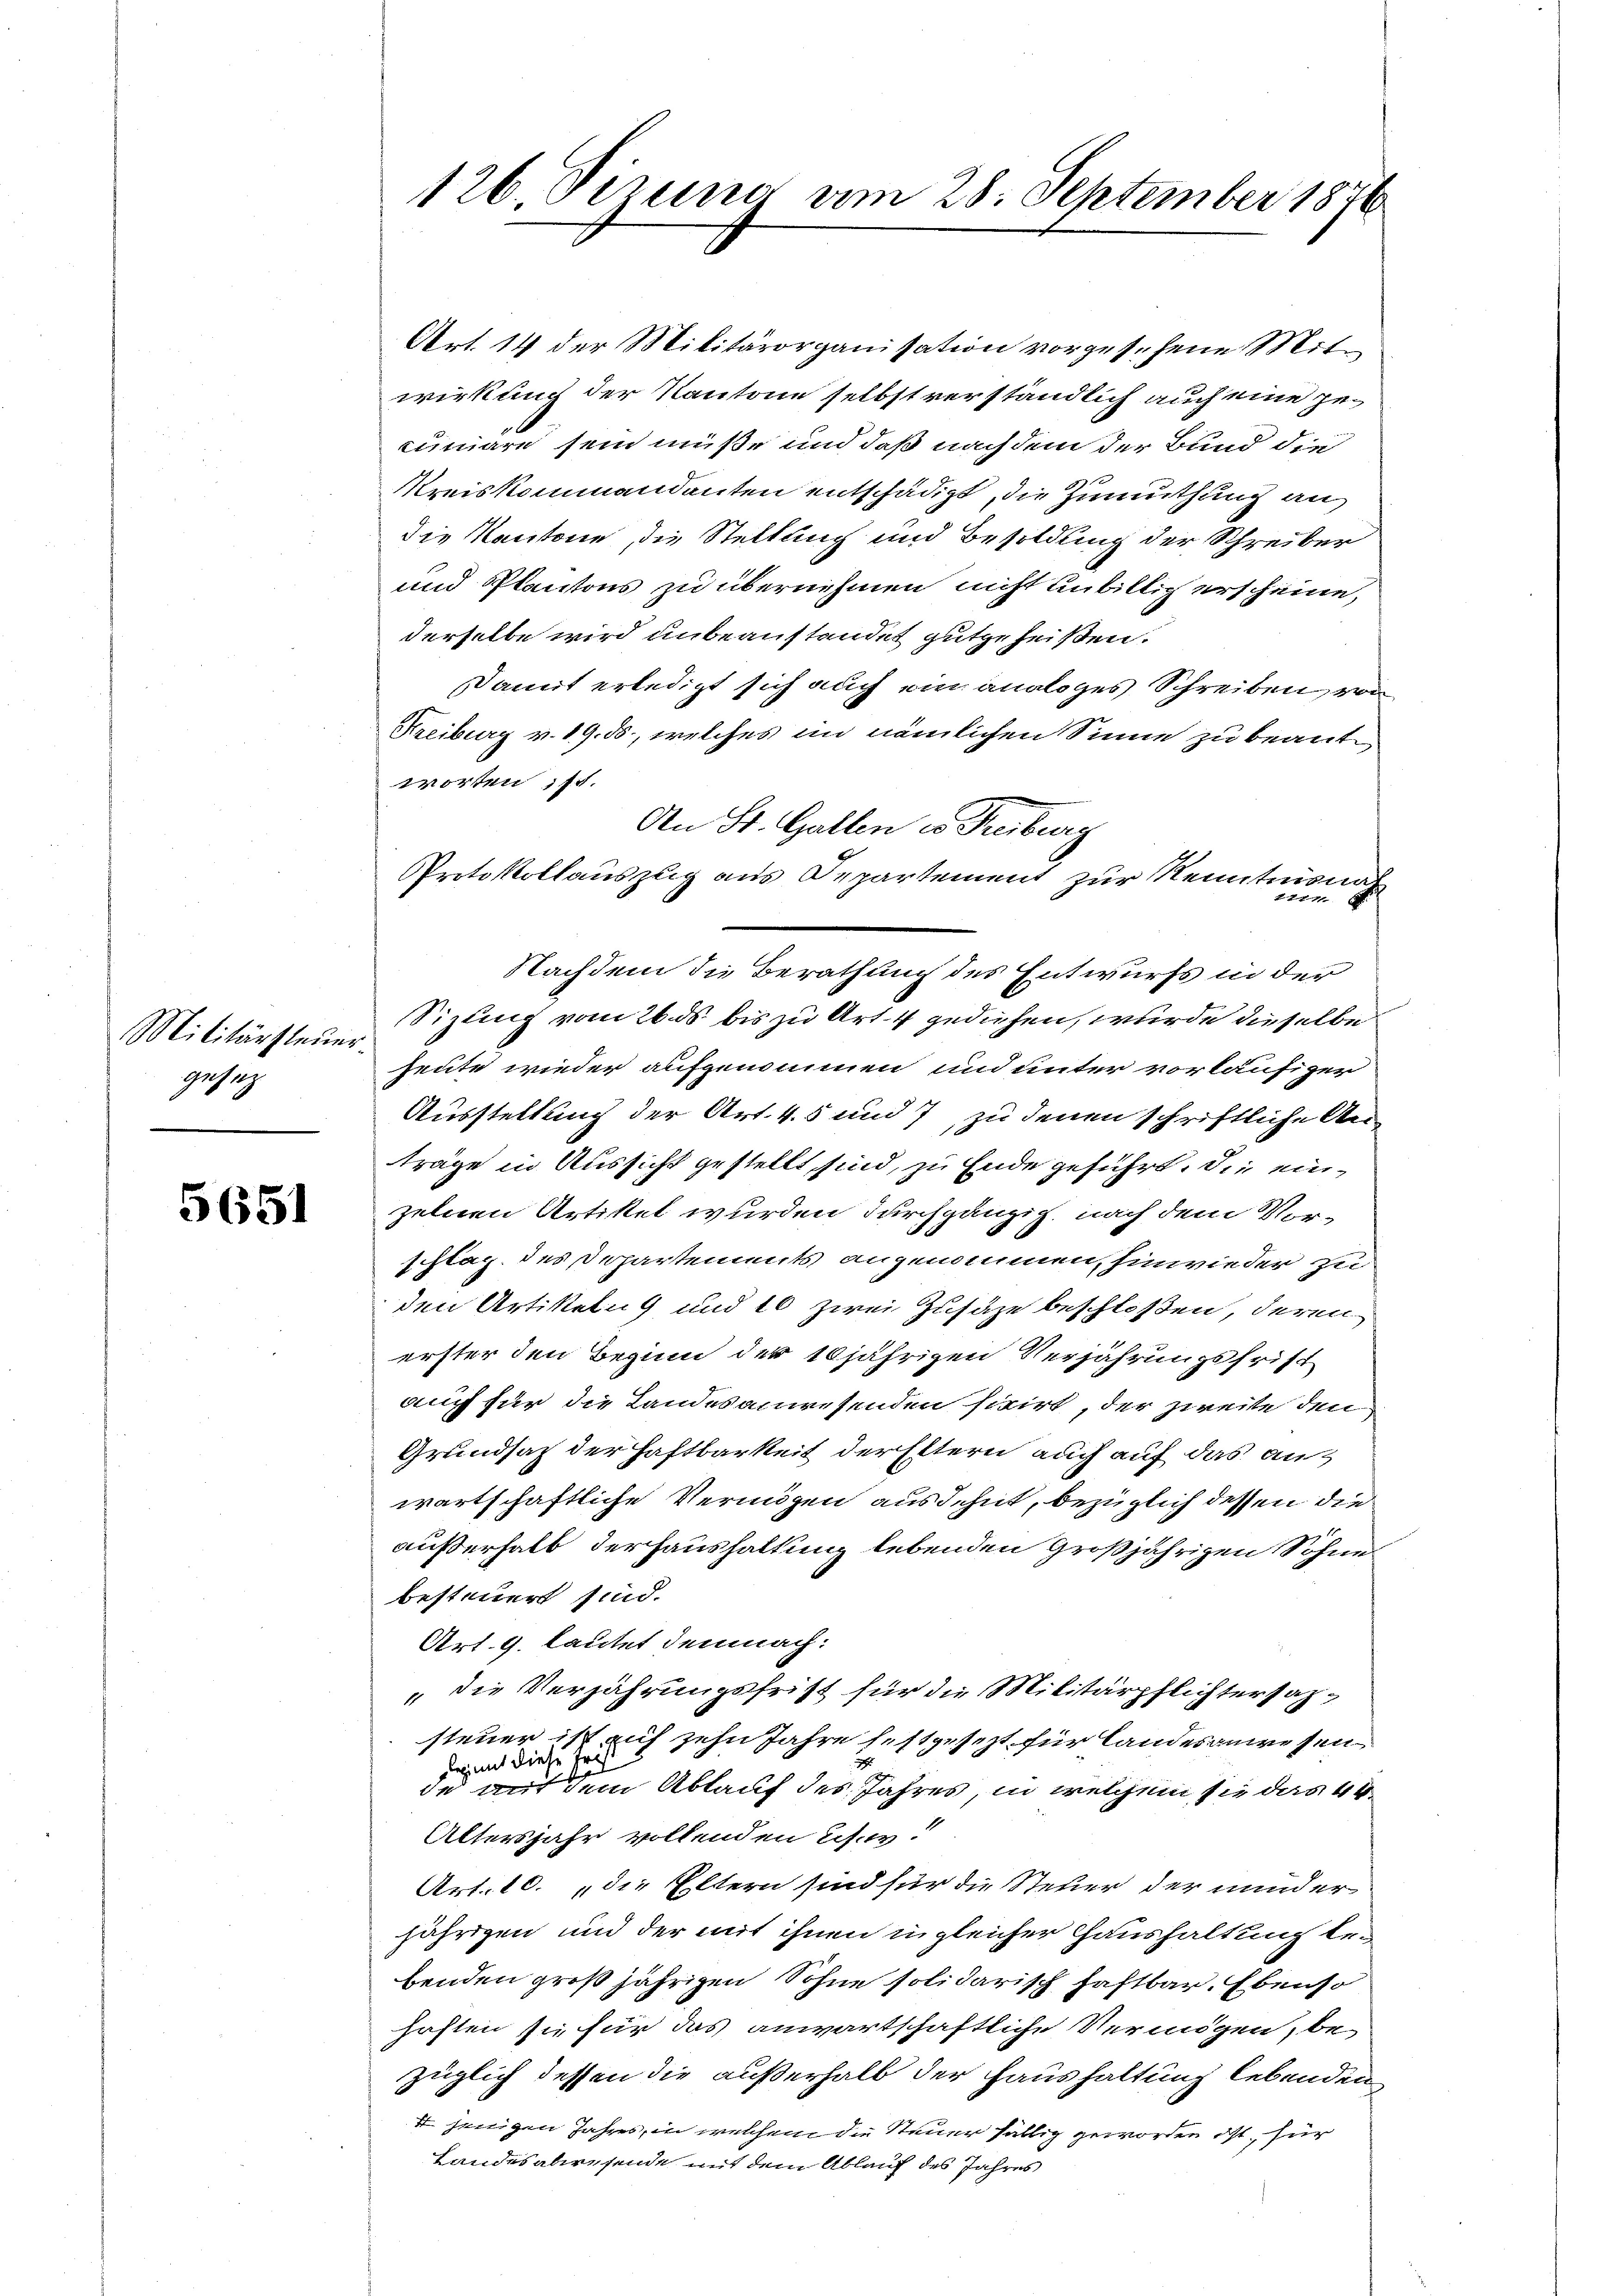
Militärsteuer
gesetz

5651

126. Firuno am 28. September 1876

Art. 14 der Militärorganisation vorgesehene Mitwirkung der Kantone selbst verständlich auch eine gecimäre sein müße und daß nach dem der Bund die
Kreiskommandanten entschädigt, die Zumuthung an
die Kantone, die Stellung und Besoldung der Schreiber
und Plantons zu übernehmen nicht unbillig erscheine,
derselbe wird unbeanstandet gutgeheißen.
Damit erledigt sich auch ein analoges Schreiben, von
Freiburg v. 19. ds., welches im nämlichen Sinne zu beantworten ist.
An St. Gallen es Freiburg
Protokollauszug aus Departement zur Kenntnisnah
Sizung vom 26. ds bis zu Art. 4 gediehen, wurde dieselbe
heute wieder aufgenommen und unter vorläufiger
Ausstellung der Art. 45 und 7, zu denen schriftliche Anträge in Aussicht gestellt sind, zu Ende geführt. Die einzelnen Artikel wurden durchgänzig nach dem Vor-
schlag des Departements angenommen, hinwieder zu
den Artikeln und 160 zwei Zusäze beschloßen, deren
erster den Beginn der 10jährigen Verjährungsfrist
auch für die Landesanwesenden serirt, der zweite den
Grundsaz der Haftbarkeit derEttern auch auf das anwartschaftliche Vermögen ausdehnt, bezüglich dessen die
außerhalb derhaushaltung lebenden Großjährigen Sohne
besteuert sind.
Art. 9. lautet demnach:
 die Verjährungsfrist für die Militärpflichtersahsteuer ist auf zehn Jahre festgesezt für Landesanwesen
des mit diese Frist
de auf dem Ablauf des Jahres, in welchem sie das 44.
Altersjahr vollenden Lisow
Art. 10. „die Eltern sind für die Steuer der minder
jährigen und der mit ihnen in gleicher Haushaltung bebenden großjährigen Sohne solidarisch haftbar. Ebenso
haften sie für das anwartschaftliche Vermögen, bezüglich dessen die außerhalb der Haushaltung lebenden
4 jenigen Jahres, in welchem die Steuer fällig geworden ist, für
Landesabwesende mit dem Ablauf des Jahres

Nachdem die Berathung des Entwurfs in der

1727